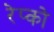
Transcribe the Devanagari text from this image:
रेप्को